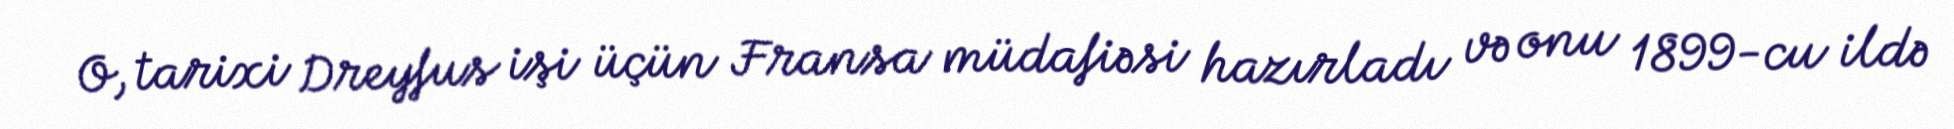
O, tarixi Dreyfus işi üçün Fransa müdafiəsi hazırladı və onu 1899-cu ildə